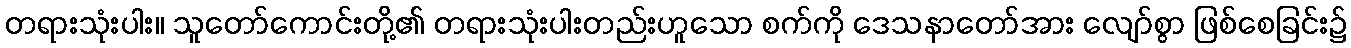
တရားသုံးပါး။ သူတော်ကောင်းတို့၏ တရားသုံးပါးတည်းဟူသော စက်ကို ဒေသနာတော်အား လျော်စွာ ဖြစ်စေခြင်း၌